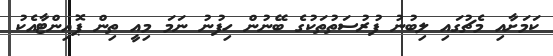
ކަމަށާއި މެޗުގައި ލިބުނު ފުރުސަތުތަކުގެ ބޭނުން ހިފުނު ނަމަ މިއީ ތިން ޕޮއިންޓާއެކު